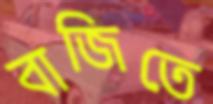
বাজিতে